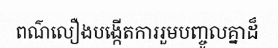
ពណ៌លឿងបង្កើតការរួមបញ្ចូលគ្នាដ៏